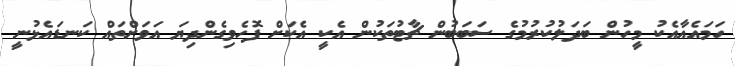
ހަމައެއާއެކު މީހުން ބަދަލުކުރުމުގެ ސަބަބުން ޗާޓުތަކުން އެކީ އެކަށް ފޮހެވިގެންދިޔަ އަވަށްތައް ކަނޑައެޅުނީ